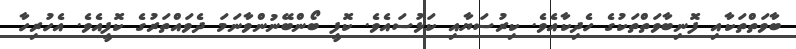
ބާވަތްތަކާއި ފޮނިބާވަތްތަކުގެ ހެދިކާއެވެ. ކިރުސަޔާއި ކަޅުސައެވެ. ކޮފީ ބޯންބޭނުންވާނަމަ ދެވައްތަރުގެ ކޮފީއެވެ. އެހުރިހާ